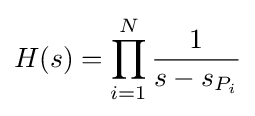
H(s)=\prod _{i=1}^{N}{\frac {1}{s-s_{P_{i}}}}